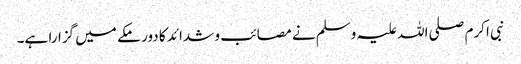
نبی اکرم صلی اللہ علیہ وسلم نے مصائب و شدائد کا دور مکے میں گزارا ہے۔